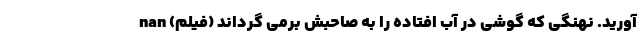
آورید. نهنگی که گوشی در آب افتاده را به صاحبش برمی گرداند (فیلم) nan